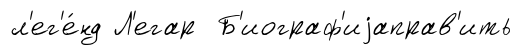
л'ег'е́нд Л'егар Б'иограф'иjаправ'ить